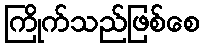
ကြိုက်သည်ဖြစ်စေ